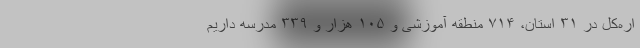
اره‌کل در ۳۱ استان، ۷۱۴ منطقه آموزشی و ۱۰۵ هزار و ۳۳۹ مدرسه داریم